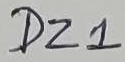
Text: DZ1